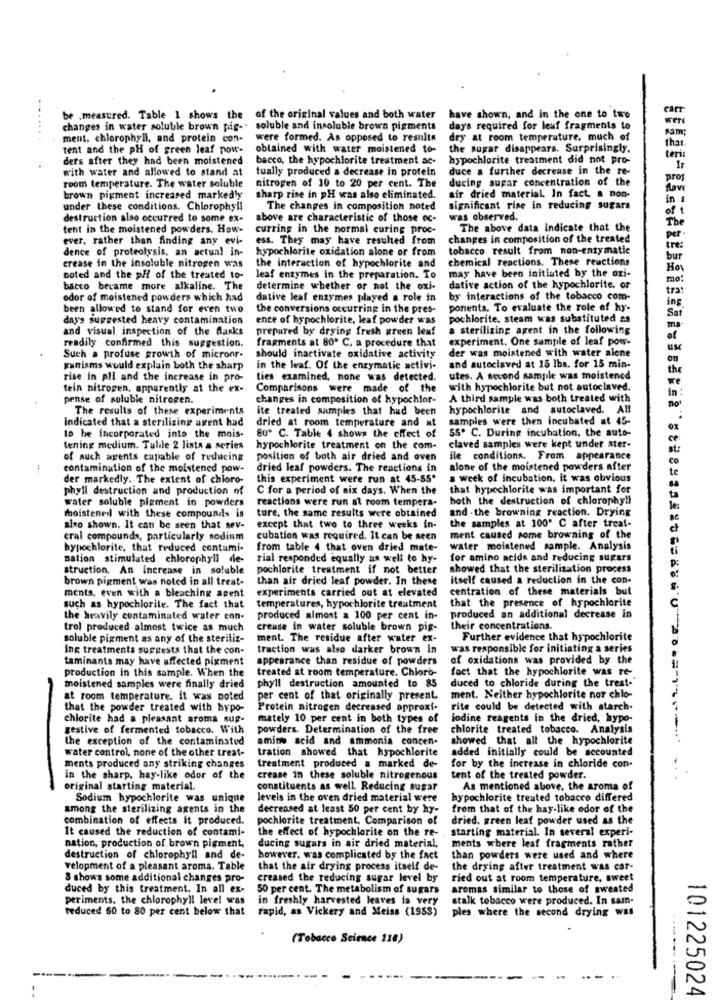
an
be measured. Table 1 shows the
of the original values and both water have shown, and in the one to two
changes in water soluble brown pig-"
soluble and insoluble brown pigments
days required for leaf fragments to
ment. chlorophyll, and protein con-
were formed. As opposed to results
dry at room temperature. much of
tent and the pH of green leaf now-
obtained with water moistened to-
the sugar disappears. Surprisingly.
tha
ders after they had been moistened
bacco, the hypochlorite treatment ac-
hypochlorite treatment did not pro-
teris
with water and allowed to stand at
tually produced a decrease in protein
duce a further decrease in the re-
Ir
ducing sugar concentration of the
room temperature. The water soluble
nitrogen of 10 to 20 per cent. The
Love
brown pigment increased marked'y
sharp rise in pH was also eliminated.
air dried material. In fact. a non-
in .
under these conditions. Chlorophyll
The changes in composition noted
significant rise in reducing sugars
of t
destruction also occurred to some ex-
above are characteristic of those oc-
was observed.
tent in the moistened powders. How-
curring in the normal curing proc-
The above data indicate that the
The
ever. rather than finding any evi-
ess. They may have resulted from
changes in composition of the treated
per
dence of proteolysis, an actual in-
hypochlorite oxidation alone or from
tobacco result from non-entymatie
tre:
the interaction of hypochlorite and
chemical reactions. These reactions
bur
crease in the insoluble nitrogen was
may have been initiated by the ori-
Ho
noted and the p/f of the treated to-
leaf enzymes in the preparation. To
mo :
bacco became more alkaline. The
determine whether or not the oxi-
dative action of the hypochlorite. or
tra
odor of moistened powders which had
dative leaf enzymes played a role in
by interactions of the tobacco com-
ing
been allowed to stand for even two
the conversions occurring in the pres-
ponents. To evaluate the role of hy-
day's suggested heavy contamination
ence of hypochlorite, leaf powder was
pochiorite, steam was substituted as
Sar
and visual inspection of the flasks
prepared by drying fresh green leaf
a sterilizing agent in the following
readily confirmed this suggestion.
fragments at 80º C. a procedure that
experiment. One sample of leaf pow-
der was moistened with water alene
Such a profuse growth of micronr.
should inactivate oxidative activity
on
gunisms would explain both the sharp
in the leaf. Of the enzymatic activi-
and autoclaved at 15 lbs. for 15 min-
the
rise in pli and the increase in pro-
ties examined, none was detected.
utes. A second sample was moistencd
tein nitrogen, apparently at the ex-
Comparisons were made of the
with hypochlorite but not autoclaved.
in :
pense of soluble nitrogen.
changes in composition of hypochlor-
A third sample was both treated with
The results of these experiments
ite treated samples that had been
hypochlorite and autoclaved. All
Indicated that a sterilizing agent had
dried at room temperature and at
samples were then incubated at 45-
55. C. During incubation, the auto-
to be incorporated into the mois-
80º C. Table 4 shows the effect of
ce
lening medium. Tuldle 2 lista a series
hypochlorite treatment on the com-
claved samples were kept under ster-
str
of auch agents capable of reducing
position of both air dried and oven
ile conditions. From appearance
Co
--
contamination of the moistened pow-
dried leaf powders. The reactions in
alone of the moistened powders after
te
der markedly. The extent of chioro-
this experiment were run at 45-55*
a week of incubation. it was obvious
phyll destruction and production of
C for a period of six days. When the
that hypechlorite was important for
ta
water soluble pigment in powders
reactions were run at room tempera-
both the destruction of chlorophy !!
ture, the same results were obtained
and - the browning reaction. Drying
moistened with these compounds is
the samples at 100' C after treat-
also shown. It can be seen that sev-
except that two to three weeks in-
eral compounds, particularly sodium
cubation was required. It can be seen
ment caused some browning of the
hypochlorite, that reduced contami-
from table 4 that oven dried mate-
water moistened sample. Analysis
nation stimulated chlorophyll de-
rial responded equally as well to hy-
for amino acids and reducing sugars
P:
struction. An increase in soluble
pochlorite treatment if not better
showed that the sterilization process
brown pigment was noted in all treat-
than air dried leaf powder. In these
itself caused a reduction in the con-
ments, even with a bleaching agent
experiments carried out at elevated
centration of these materials but
8.
that the presence of hypochlorite
such as hypochlorite. The fact that
temperatures, hypochlorite treatment
the heavily contaminated water con-
produced almost a 100 per cent in-
produced an additional decrease in
trol produced almost twice as much
creuse in water soluble brown pig-
their concentrations.
soluble pigment as any of the steriliz-
ment. The residue after water ex-
Further evidence that hypochlorite
ing treatments suggests that the con-
traction was also darker brown in
was responsible for initiating a series
taminants may have uffected pigment
appearance than residue of powders
of oxidations was provided by the
production in this sample. When the
treated at room temperature. Chloro-
duced to chloride during the trest-
fact that the hypochlorite was re-
moistened samples were finally dried
phyl! destruction amounted to 85
at room temperature. it was noted
per cent of that originally present.
ment. Neither hypochlorite nor chlo-
that the powder treated with hypo-
Protein nitrogen decreased approxf-
rite could be detected with starch-
chlorite had a pleasant aroma sup-
mately 10 per cent in both types of
jodine reagents in the dried, hypo-
gestive of fermented tobacco. With
powders. Determination of the free
chlorite treated tobacco. Analysis
the exception of the contaminated
amino acid and ammonia concen-
showed that all the hypochlorite
water control, none of the other treat-
tration showed that hypochlorite
added initially could be accounted
ments produced any striking changes
treatment produced a marked de-
for by the increase in chloride con-
in the sharp, hay-like odor of the
crease in these soluble nitrogenous
tent of the treated powder.
...
original starting material.
constituents as well. Reducing sugar
As mentioned above, the aroma of
Sodium hypochlorite was uniqne
levels in the oven dried material were
hypochlorite treated tobacco differed
among the sterilizing agents in the
decreased at least 50 per cent by hy-
from that of the hay-like odor of the
combination of effects it produced.
pochlorite treatment. Comparison of
dried. green leaf powder used as the
It caused the reduction of contami-
the effect of hypochlorite on the re-
starting material. In several experi-
nation, production of brown pigment,
ducing sugars in air dried material,
ments where leaf fragments rather
destruction of chlorophyll and de-
however, was complicated by the fact
than powders were used and where
velopment of a pleasant aroma. Table
that the air drying process itself de-
the drying after treatment was car-
3 shows some additional changes pro-
creased the reducing sugar level by
ried out at room temperature, sweet
duced by this treatment. In all ex-
50 per cent. The metabolism of sugars
aromas similar to those of sweated
periments, the chlorophyll level was
in freshly harvested leaves is very
stalk tobacco were produced. In sam.
reduced 60 to 80 per cent below that
rapid, as Vickery and Meiss (1953)
ples where the second drying was
(Tobacco Science 118)
... .
101225024